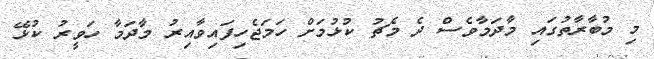
މި މުބާރާތުގައި މާދަމާވެސް ދެ މެޗު ކުޅުމަށް ހަމަޖެހިފައިވާއިރު މާދަމާ ހަވީރު ކުޅޭ